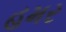
હમર